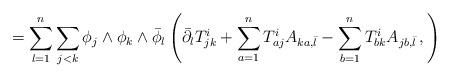
LaTeX: \begin{align*} =\sum_{l=1}^n \sum_{j<k} \phi_j \wedge \phi_k \wedge \bar \phi_l \left( \bar\partial_l T^{i}_{jk} + \sum_{a=1}^n T^i_{aj}A_{ka, \bar l} - \sum_{b=1}^n T^i_{bk}A_{jb, \bar l} \, , \right) \end{align*}